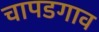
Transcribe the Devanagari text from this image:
चापडगाव